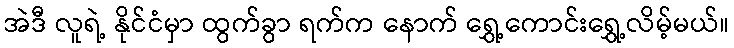
အဲဒီ လူရဲ့ နိုင်ငံမှာ ထွက်ခွာ ရက်က နောက် ရွှေ့ကောင်းရွှေ့လိမ့်မယ်။